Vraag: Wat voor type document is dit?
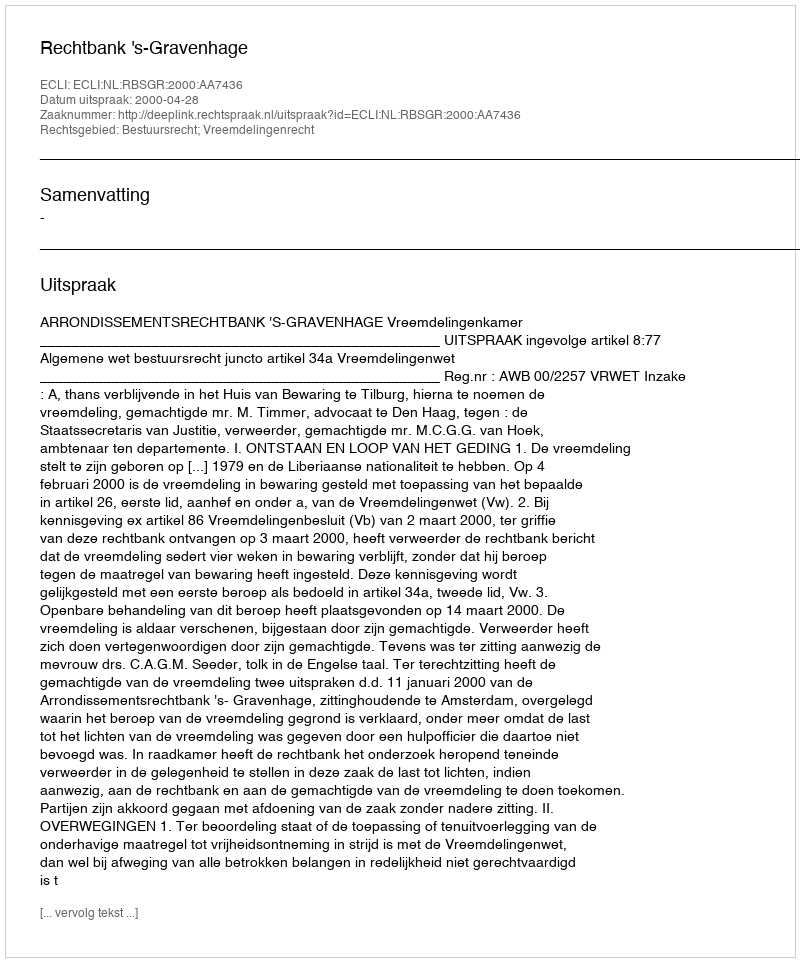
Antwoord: Uitspraak